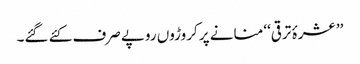
’’عشرۂ ترقی‘‘ منانے پر کروڑوں روپے صرف کئے گئے۔